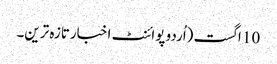
10 اگست (اُردو پوائنٹ اخبارتازہ ترین۔